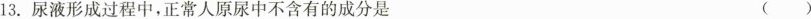
13.尿液形成过程中，正常人原尿中不含有的成分是 ( )